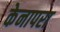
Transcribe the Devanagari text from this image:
केनापरा